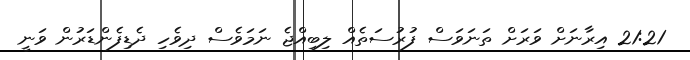
21:21 އިރާނަށް ވަރަށް ތަނަވަސް ފުރުސަތެއް ލިބިއްޖެ ނަމަވެސް ދިވެހި ދެޑިފެންޑަރުން ވަނީ